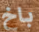
باخ